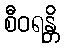
စီဝရန္တိ